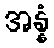
အန္နံ